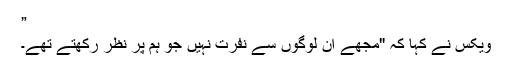
”
ویکس نے کہا کہ "مجھے ان لوگوں سے نفرت نہیں جو ہم پر نظر رکھتے تھے۔